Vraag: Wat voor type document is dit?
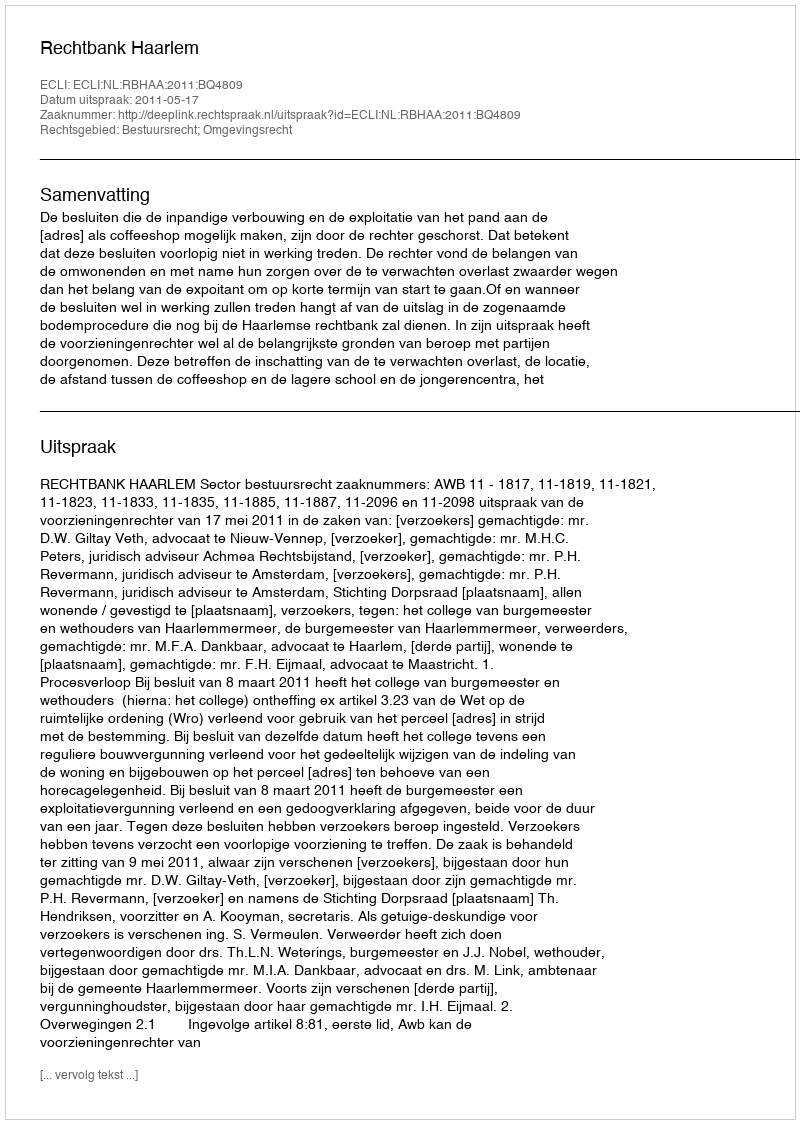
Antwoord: Uitspraak